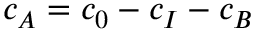
c _ { A } = c _ { 0 } - c _ { I } - c _ { B }